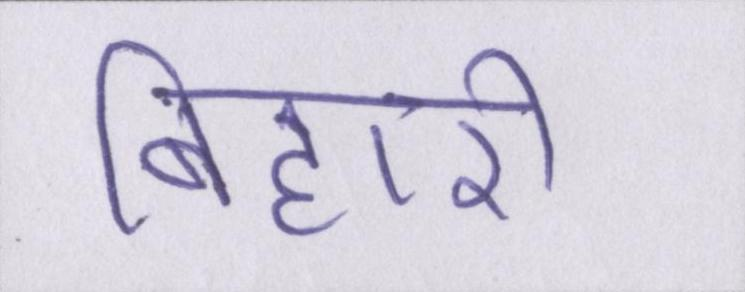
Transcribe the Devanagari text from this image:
बिहारी